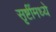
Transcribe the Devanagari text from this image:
सृष्टींमध्ये